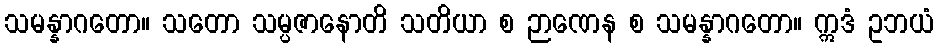
သမန္နာဂတော။ သတော သမ္ပဇာနောတိ သတိယာ စ ဉာဏေန စ သမန္နာဂတော။ ဣဒံ ဥဘယံ